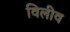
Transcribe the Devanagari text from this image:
विलीव